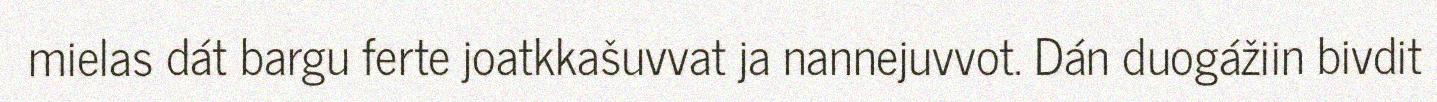
mielas dát bargu ferte joatkkašuvvat ja nannejuvvot. Dán duogážiin bivdit